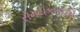
સમયકાળનો